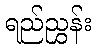
ရည်ညွှန်း